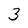
Character: 3